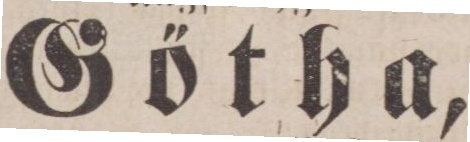
Götha,